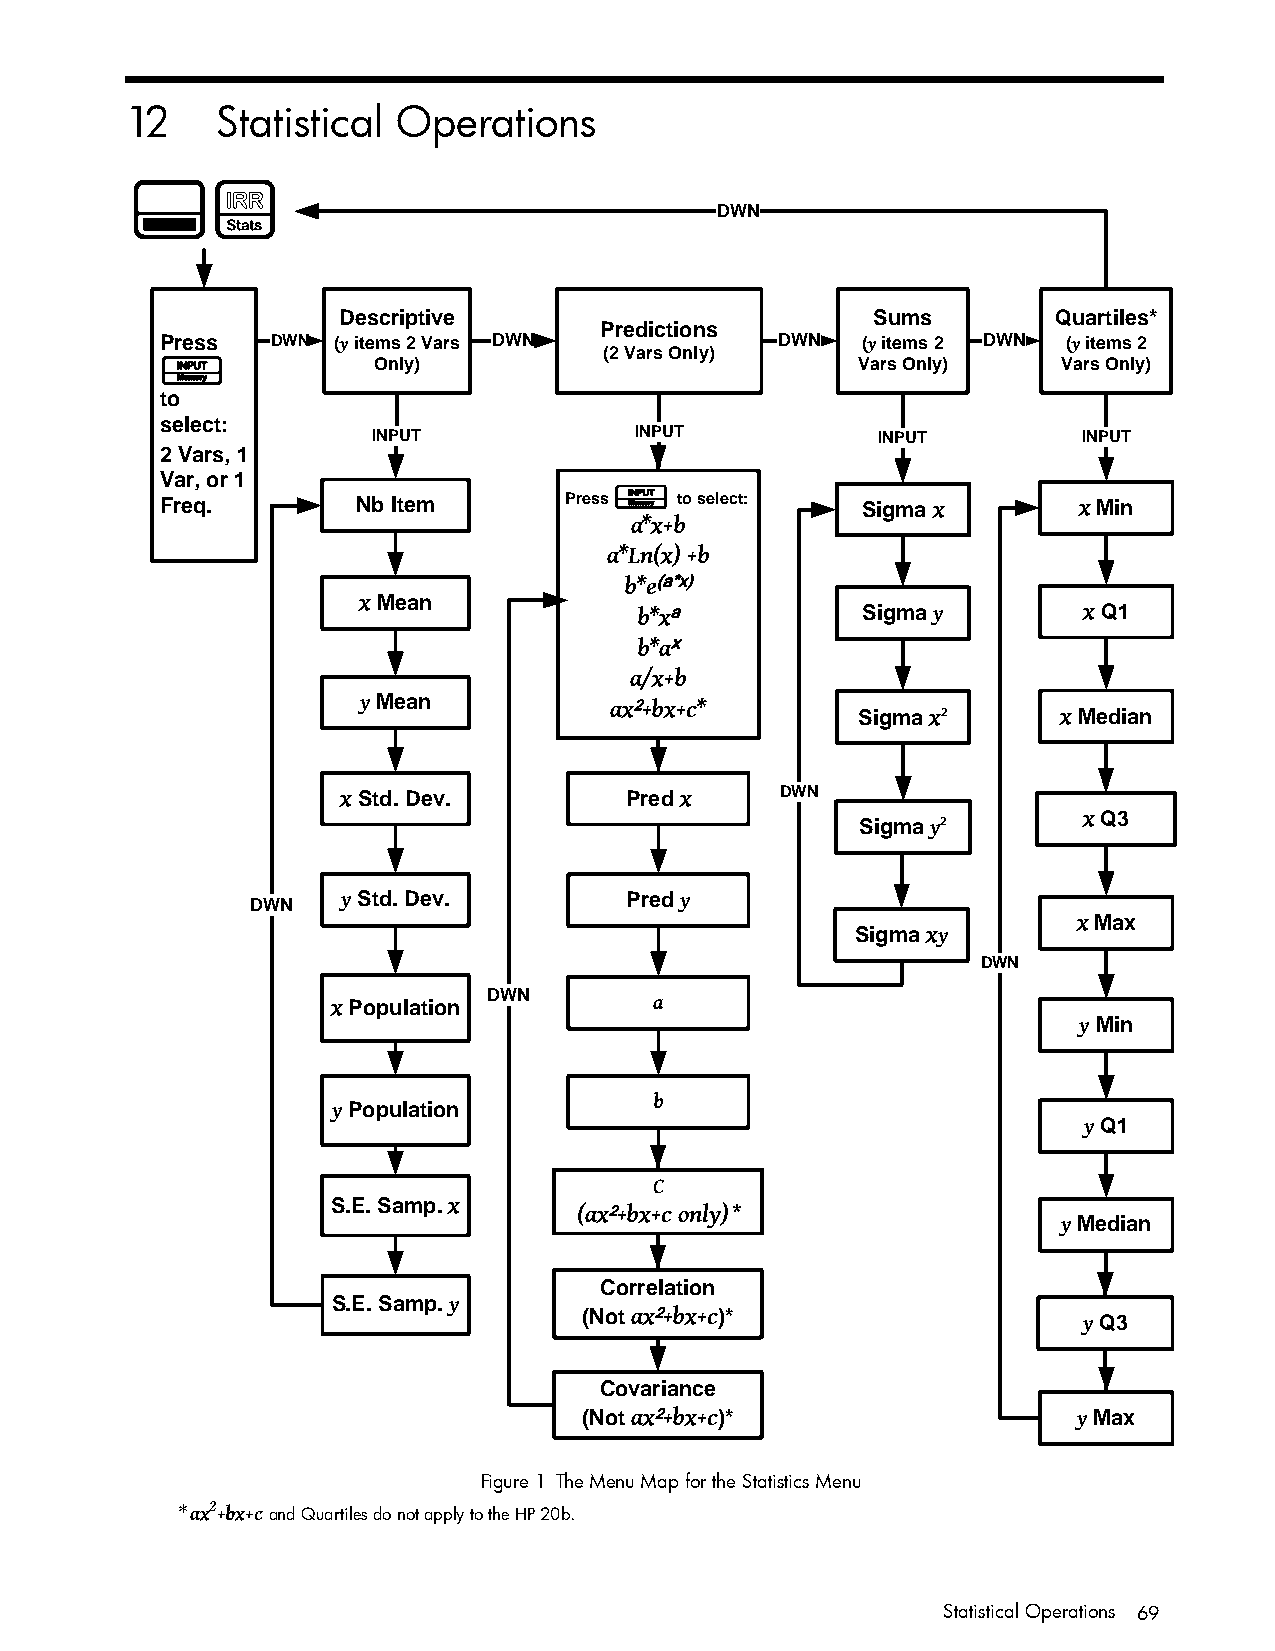
12    Statistical Operations
 :z
 DWN
 Descriptive                         Sums        Quartiles*
 Predictions
 Press  DWN (y items 2 Vars DWN           DWN  (y items 2 DWN (y items 2
 (2 Vars Only)
 I             Only)                           Vars Only)   Vars Only)
 to
 select:
 INPUT            INPUT           INPUT         INPUT
 2 Vars, 1
 Var, or 1
 Freq.        Nb Item      Press I to select:  Sigma x       x Min
 a*x+b
 a*Ln(x) +b
 b*e(a*x)
 x Mean
 b*xa           Sigma y        x Q1
 b*ax
 a/x+b
 y Mean          ax2+bx+c*
 Sigma x2     x Median
 x Std. Dev.       Pred x     DWN
 x Q3
 Sigma y2
 DWN   y Std. Dev.       Pred y
 x Max
 Sigma xy
 DWN
 DWN
 x Population         a
 y Min
 b
 y Population
 y Q1
 C
 S.E. Samp. x    (ax2+bx+c only)*
 y Median
 Correlation
 S.E. Samp. y
 (Not ax2+bx+c)*                  y Q3
 Covariance
 (Not ax2+bx+c)*                 y Max
 Figure 1 The Menu Map for the Statistics Menu
 *ax2+bx+c
 and Quartiles do not apply to the HP 20b.
 Statistical Operations 69